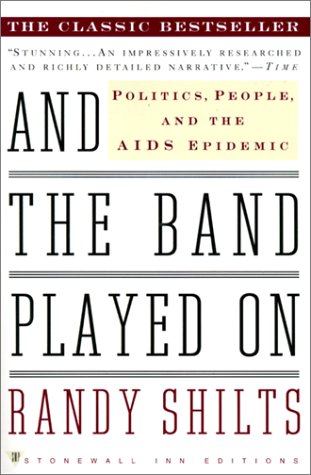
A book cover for And The Band Played On (Turtleback School & Library Binding Edition); Randy Shilts; Health, Fitness & Dieting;